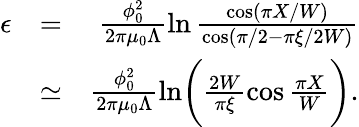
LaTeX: \begin{array}{rlr}{\epsilon}&{=}&{\frac{\phi_{0}^{2}}{2\pi\mu_{0}\Lambda}\ln\frac{\cos(\pi X/W)}{\cos(\pi/2-\pi\xi/2W)}}\\ &{\simeq}&{\frac{\phi_{0}^{2}}{2\pi\mu_{0}\Lambda}\ln\biggl(\frac{2W}{\pi\xi}\cos\frac{\pi X}{W}\biggr).}\end{array}